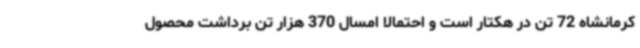
کرمانشاه 72 تن در هکتار است و احتمالا امسال 370 هزار تن برداشت محصول